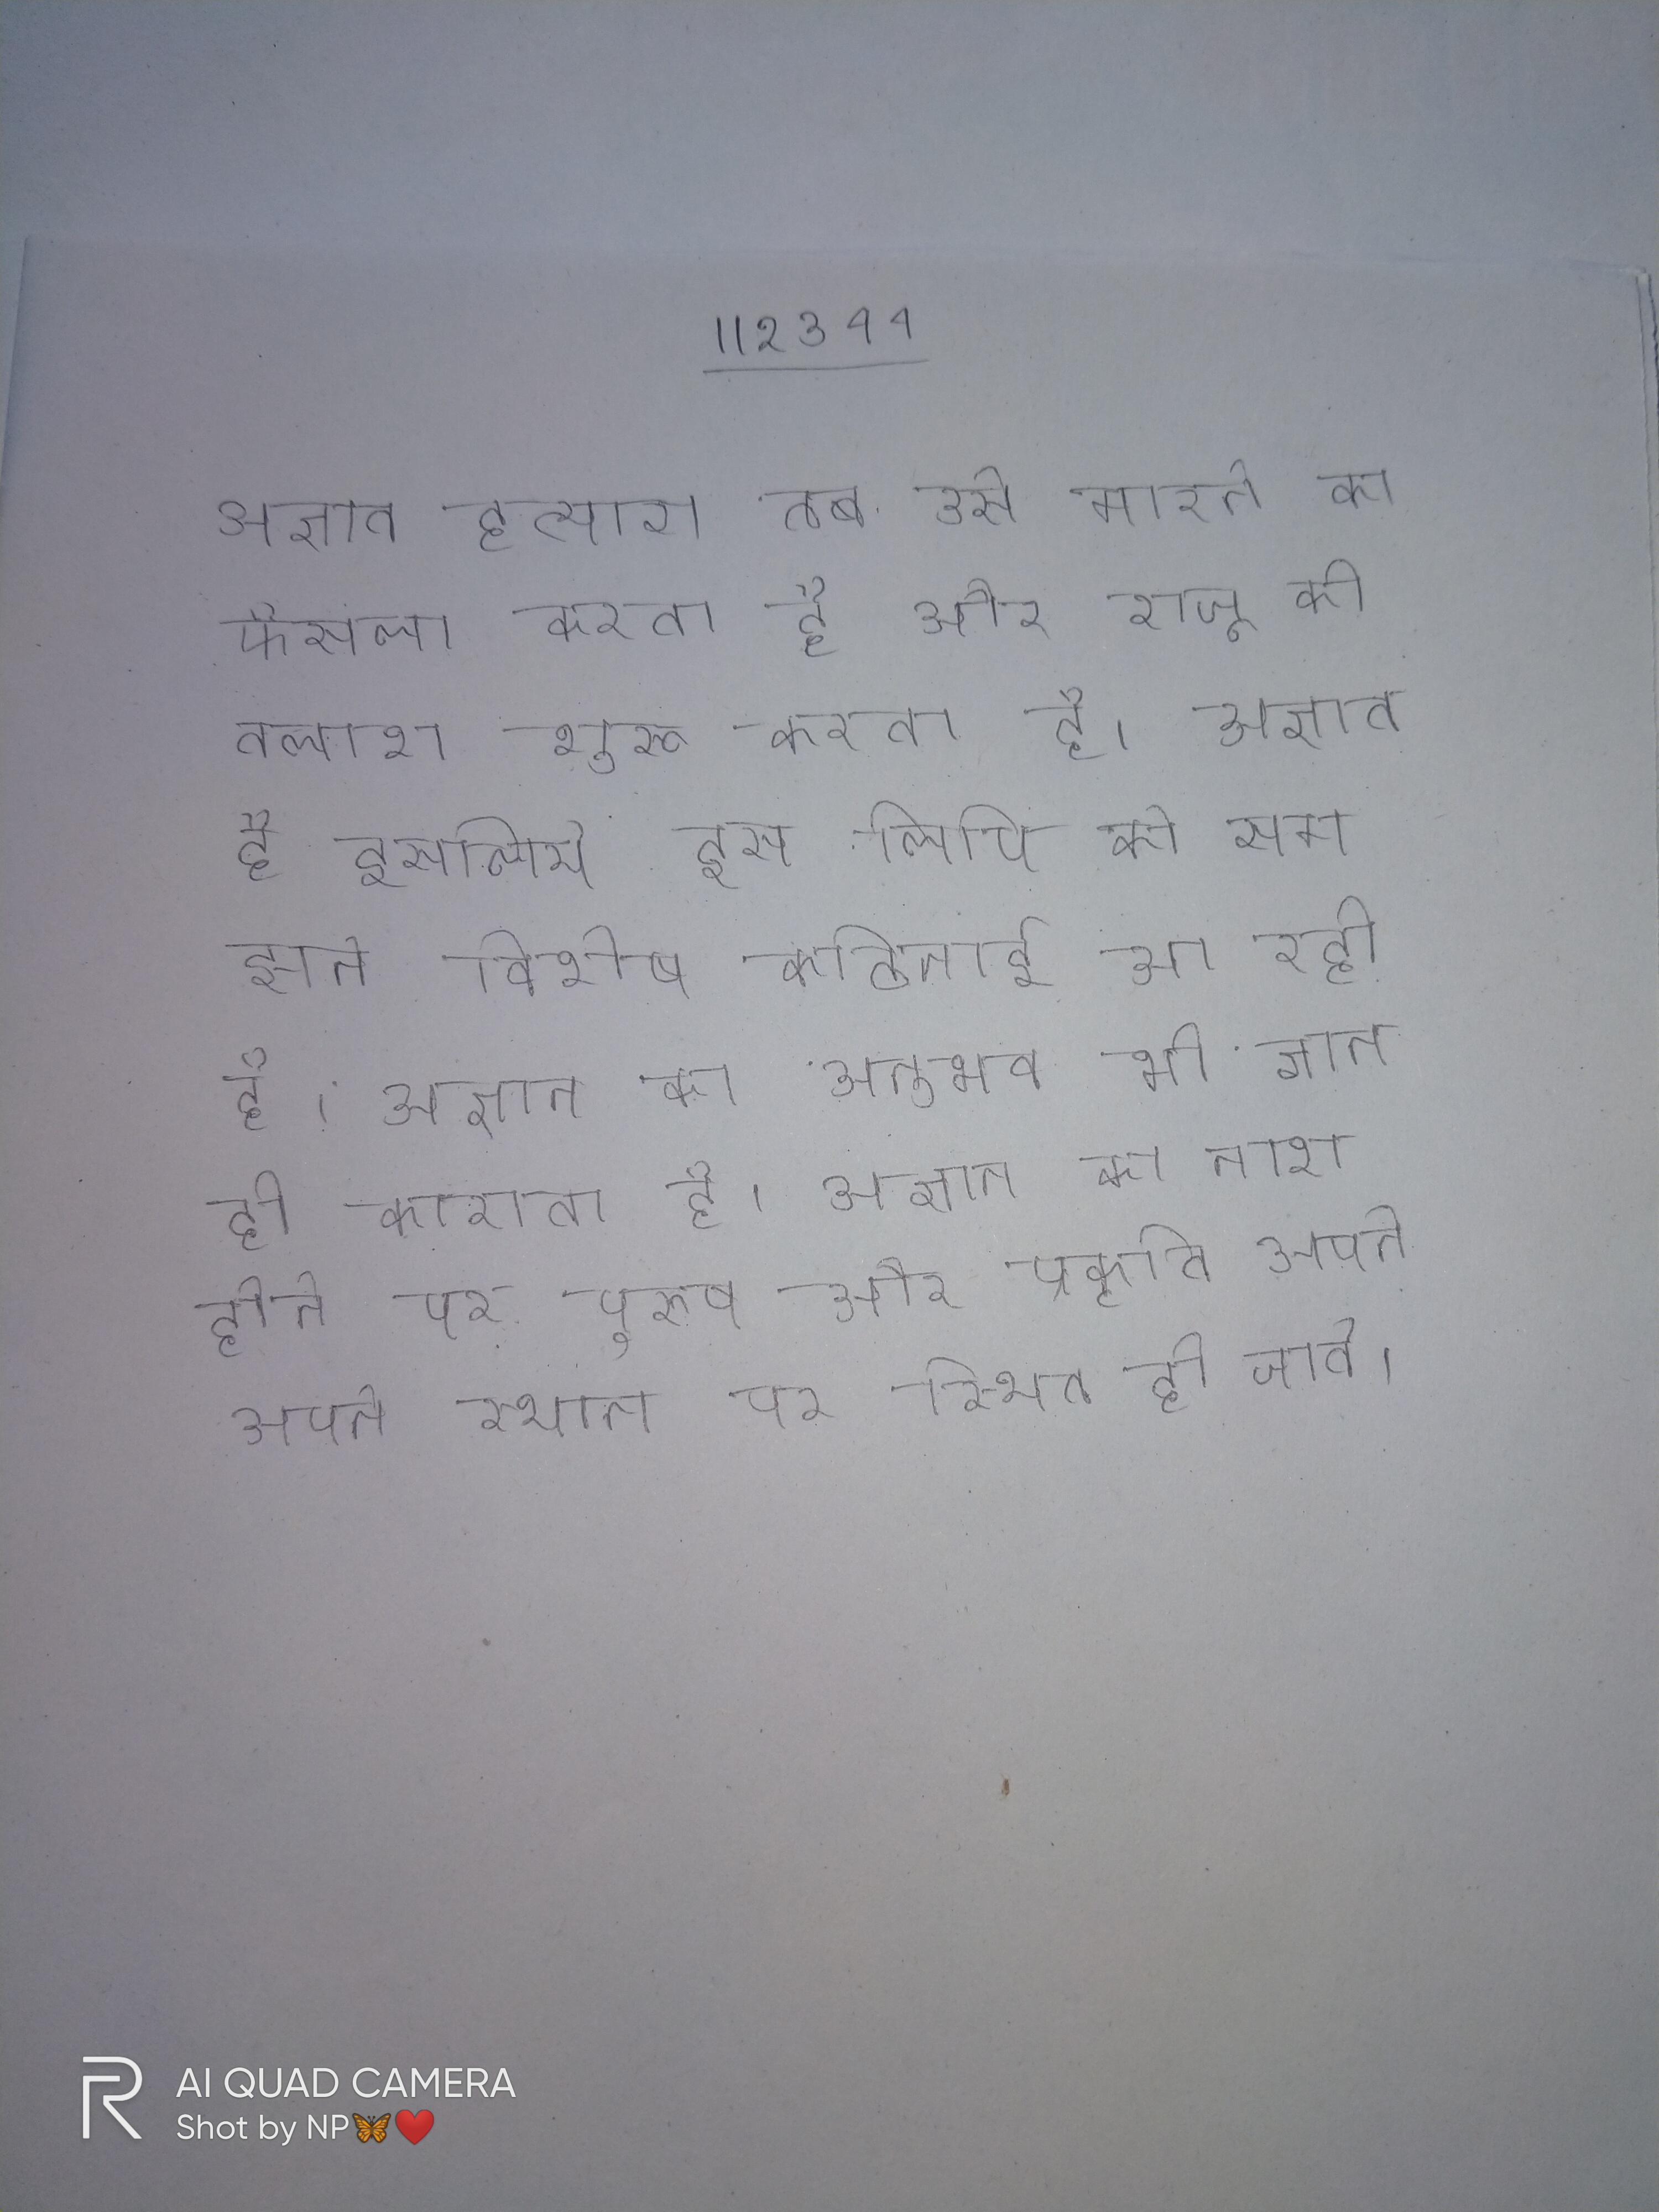
अज्ञात हत्यारा तब उसे मारने का फैसला करता है और राजू की तलाश शुरू करता है । अज्ञात है इसलिये इस लिपि को समझने विशेष कठिनाई आ रही है । अज्ञान का अनुभव भी ज्ञान ही कराता है । अज्ञान का नाश होने पर पुरुष और प्रकृति अपने-अपने स्थान पर स्थित हो जाते ।